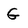
Character: G